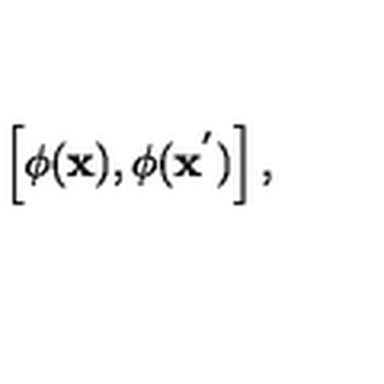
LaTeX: \left[ \phi ( { \bf x } ) , \phi ( { \bf x } ^ { ' } ) \right] ,